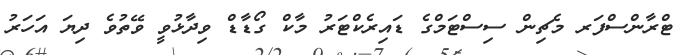
ޓްރާންސްފަރ މެޗިން ސިސްޓަމްގެ ޑައިރެކްޓަރު މާކް ގޯޑާޑް ވިދާޅުވީ ވޭތުވެ ދިޔަ އަހަރު